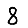
Digit: 8